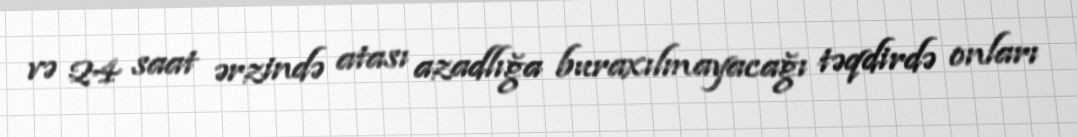
və 24 saat ərzində atası azadlığa buraxılmayacağı təqdirdə onları